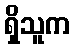
ရှိသူက